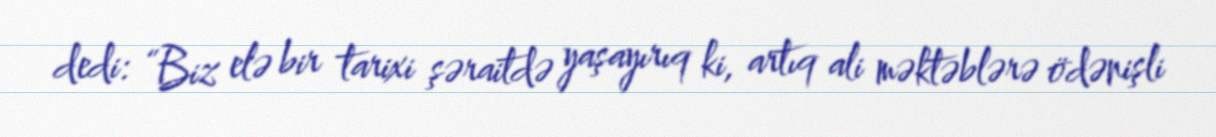
dedi: “Biz elə bir tarixi şəraitdə yaşayırıq ki, artıq ali məktəblərə ödənişli